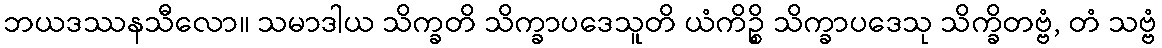
ဘယဒဿနသီလော။ သမာဒါယ သိက္ခတိ သိက္ခာပဒေသူတိ ယံကိဉ္စိ သိက္ခာပဒေသု သိက္ခိတဗ္ဗံ, တံ သဗ္ဗံ